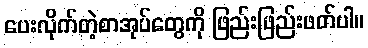
ပေးလိုက်တဲ့စာအုပ်တွေကို ဖြည်းဖြည်းဖတ်ပါ။